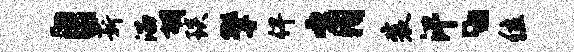
自薪溜胡琰擎俾肖襄汗、位